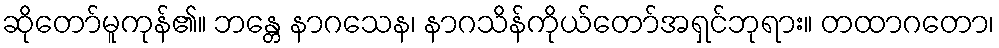
ဆိုတော်မူကုန်၏။ ဘန္တေ နာဂသေန၊ နာဂသိန်ကိုယ်တော်အရှင်ဘုရား။ တထာဂတော၊